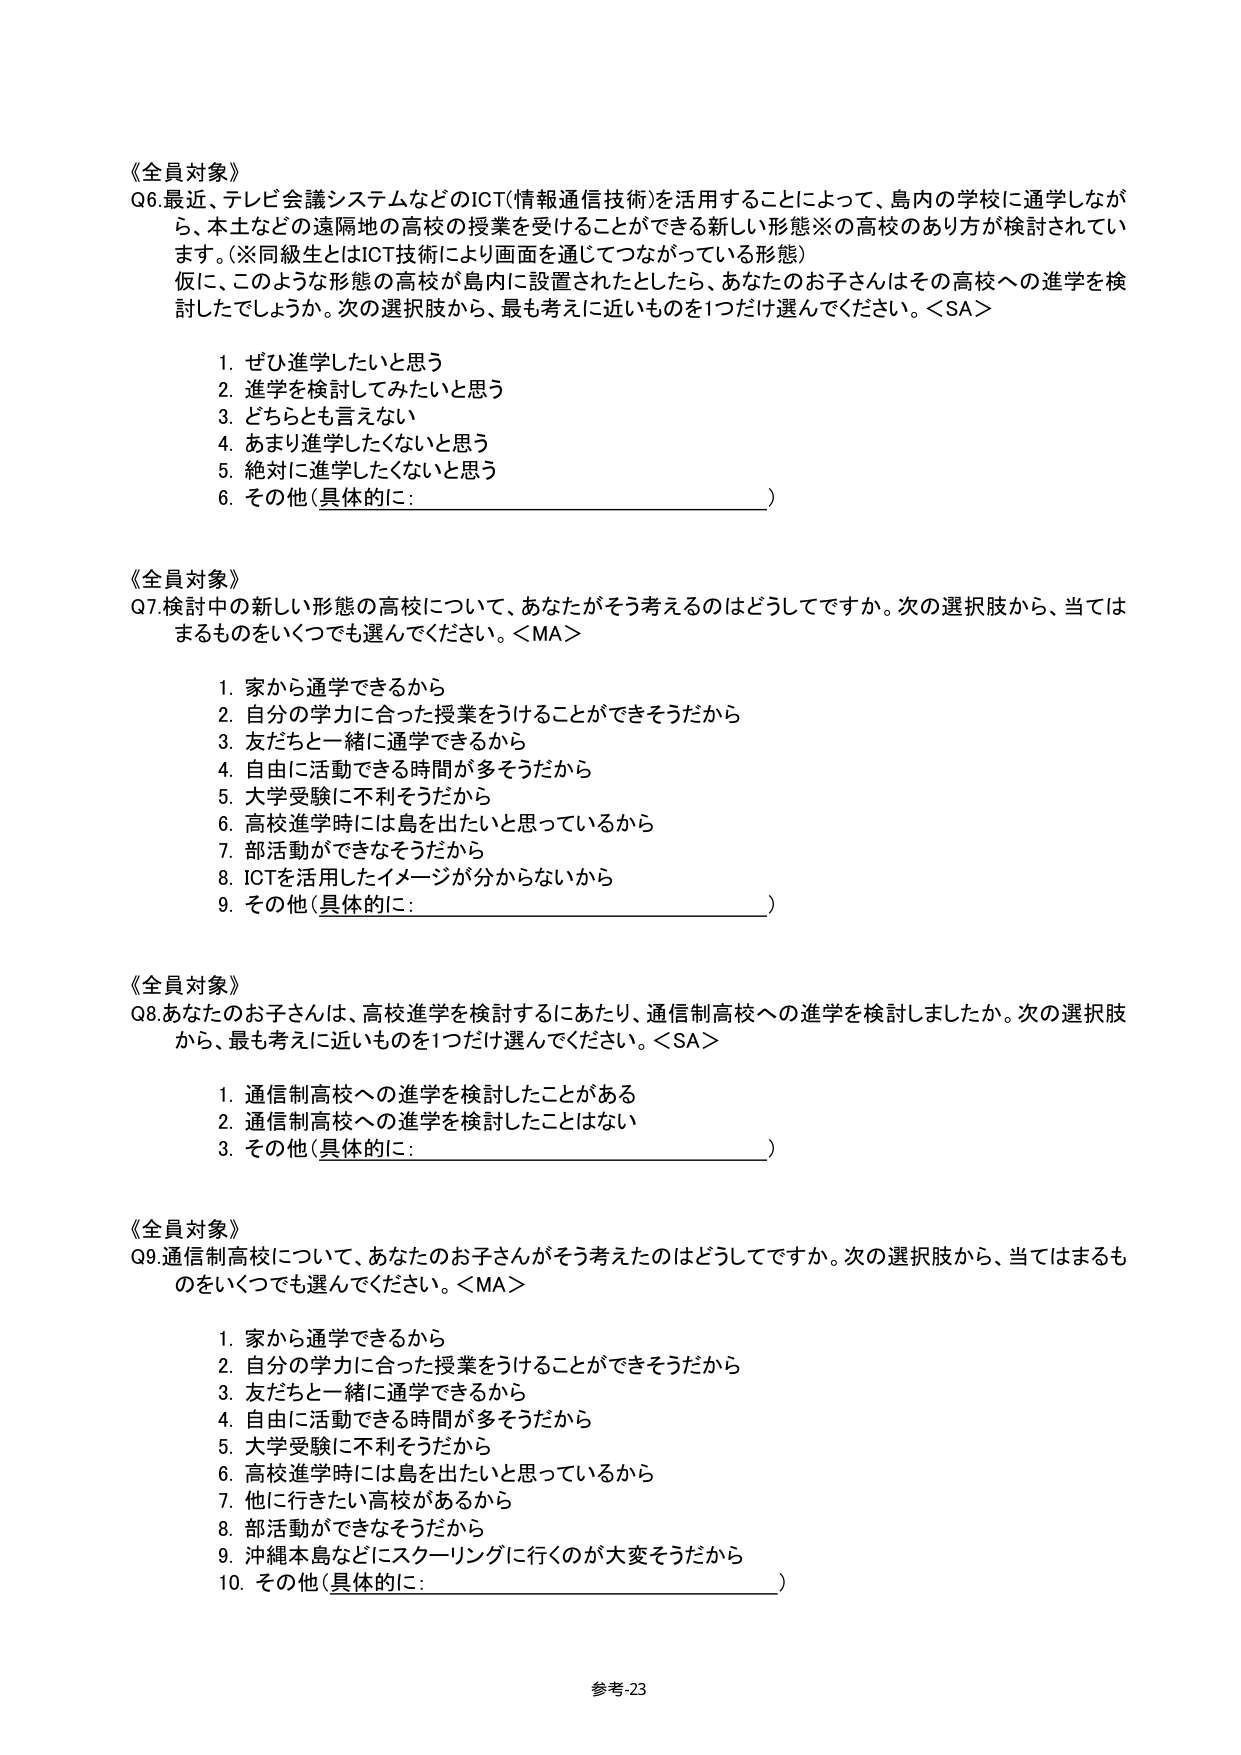
《全員対象》
Q6.最近、テレビ会議システムなどのICT(情報通信技術)を活用することによって、島内の学校に通学しなが
ら、本土などの遠隔地の高校の授業を受けることができる新しい形態※の高校のあり方が検討されてい
ます。(※同級生とはICT技術により画面を通じてつながっている形態)
仮に、このような形態の高校が島内に設置されたとしたら、あなたのお子さんはその高校への進学を検
討したでしょうか。次の選択肢から、最も考えに近いものを1つだけ選んでください。<SA>
1. ぜひ進学したいと思う
2. 進学を検討してみたいと思う
3. どちらとも言えない
4. あまり進学したくないと思う
5. 絶対に進学したくないと思う
6. その他(具体的に:______________________)

《全員対象》
Q7.検討中の新しい形態の高校について、あなたがそう考えるのはどうしてですか。次の選択肢から、当ては
まるものをいくつでも選んでください。<MA>
1. 家から通学できるから
2. 自分の学力に合った授業をうけることができそうだから
3. 友だちと一緒に通学できるから
4. 自由に活動できる時間が多そうだから
5. 大学受験に不利そうだから
6. 高校進学時には島を出たいと思っているから
7. 部活動ができなそうだから
8. ICTを活用したイメージが分からないから
9. その他(具体的に:______________________)

《全員対象》
Q8.あなたのお子さんは、高校進学を検討するにあたり、通信制高校への進学を検討しましたか。次の選択肢
から、最も考えに近いものを1つだけ選んでください。<SA>
1. 通信制高校への進学を検討したことがある
2. 通信制高校への進学を検討したことはない
3. その他(具体的に:______________________)

《全員対象》
Q9.通信制高校について、あなたのお子さんがそう考えたのはどうしてですか。次の選択肢から、当てはまるも
のをいくつでも選んでください。<MA>
1. 家から通学できるから
2. 自分の学力に合った授業をうけることができそうだから
3. 友だちと一緒に通学できるから
4. 自由に活動できる時間が多そうだから
5. 大学受験に不利そうだから
6. 高校進学時には島を出たいと思っているから
7. 他に行きたい高校があるから
8. 部活動ができなそうだから
9. 沖縄本島などにスクーリングに行くのが大変そうだから
10. その他(具体的に:______________________)

参考-23